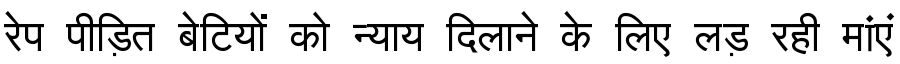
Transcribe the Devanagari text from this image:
रेप पीड़ित बेटियों को न्याय दिलाने के लिए लड़ रही मांएं